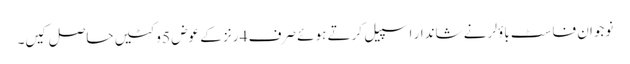
نوجوان فاسٹ باؤلر نے شاندار اسپیل کرتے ہوئے صرف 4 رنز کے عوض 5 وکٹیں حاصل کیں۔